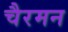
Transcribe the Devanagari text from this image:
चैरमन